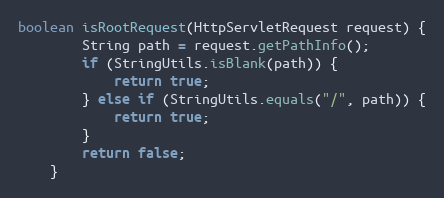
Language: Java
boolean isRootRequest(HttpServletRequest request) {
        String path = request.getPathInfo();
        if (StringUtils.isBlank(path)) {
            return true;
        } else if (StringUtils.equals("/", path)) {
            return true;
        }
        return false;
    }